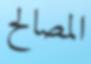
المصالح